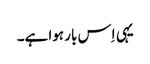
یہی اِس بار ہوا ہے۔